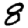
Digit: 8